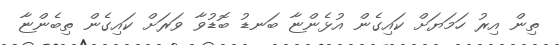
ތިން އިރު ހަމަޔަށް ކައިގެން އުޅެންޏާ ބަނޑު ބޮޑުވާ ވަރަށް ކައިގެން ތިބެންޏާ